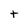
Character: t